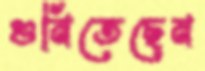
গুনিতেছেন